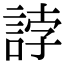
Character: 誖